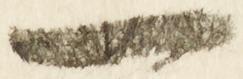
一